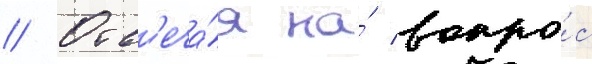
// Отв'еча́я на́ вопро́с